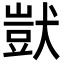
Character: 獃